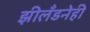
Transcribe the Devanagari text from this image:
झीलँडनेही